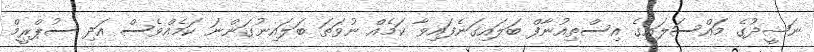
ނަޝީދުގެ މައްސަލައިގެ އިސްތިއުނާފް ބަލައިގަނެފައިވާ ކަމެއް ނުވަތަ ބަލައިނުގަންނަ ކަމެއްވެސް އަދި ސުޕްރީމް